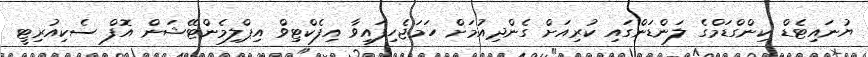
ޔުނައިޓެޑް ކިންގްޑަމްގެ ލަންޑަންގައި ކުރިއަށް ގެންދިއުމަށް ހަމަޖެހިފައިވާ އިފެކްޓިވް އިޕްލިމެންޓޭޝަން އޮފް ސެކިއުރިޓީ